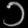
Digit: ၁